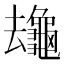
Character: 𪚸